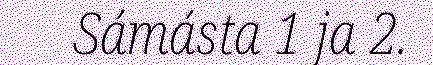
Sámásta 1 ja 2.